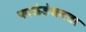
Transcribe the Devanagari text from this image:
फाऊंडेशनला